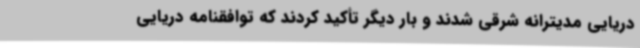
دریایی مدیترانه شرقی شدند و بار دیگر تأکید کردند که توافقنامه دریایی